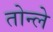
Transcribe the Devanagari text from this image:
तोन्ले